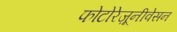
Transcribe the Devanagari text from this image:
फोटोरेज़ूनीवेसन